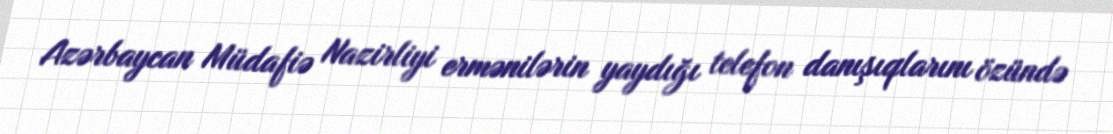
Azərbaycan Müdafiə Nazirliyi ermənilərin yaydığı telefon danışıqlarını özündə